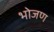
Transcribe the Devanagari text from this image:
भोजण